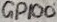
Text: GPIO0